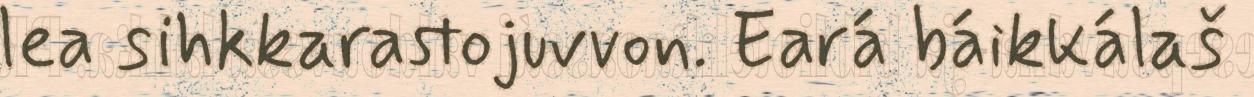
lea sihkkarastojuvvon. Eará báikkálaš